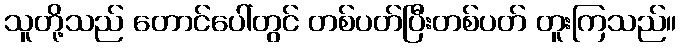
သူတို့သည် တောင်ပေါ်တွင် တစ်ပတ်ပြီးတစ်ပတ် တူးကြသည်။